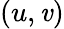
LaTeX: (u,\mathit{v})